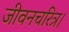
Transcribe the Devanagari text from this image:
जीवनचरित्र।